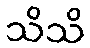
သိသိ